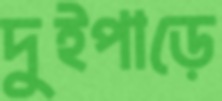
দুইপাড়ে